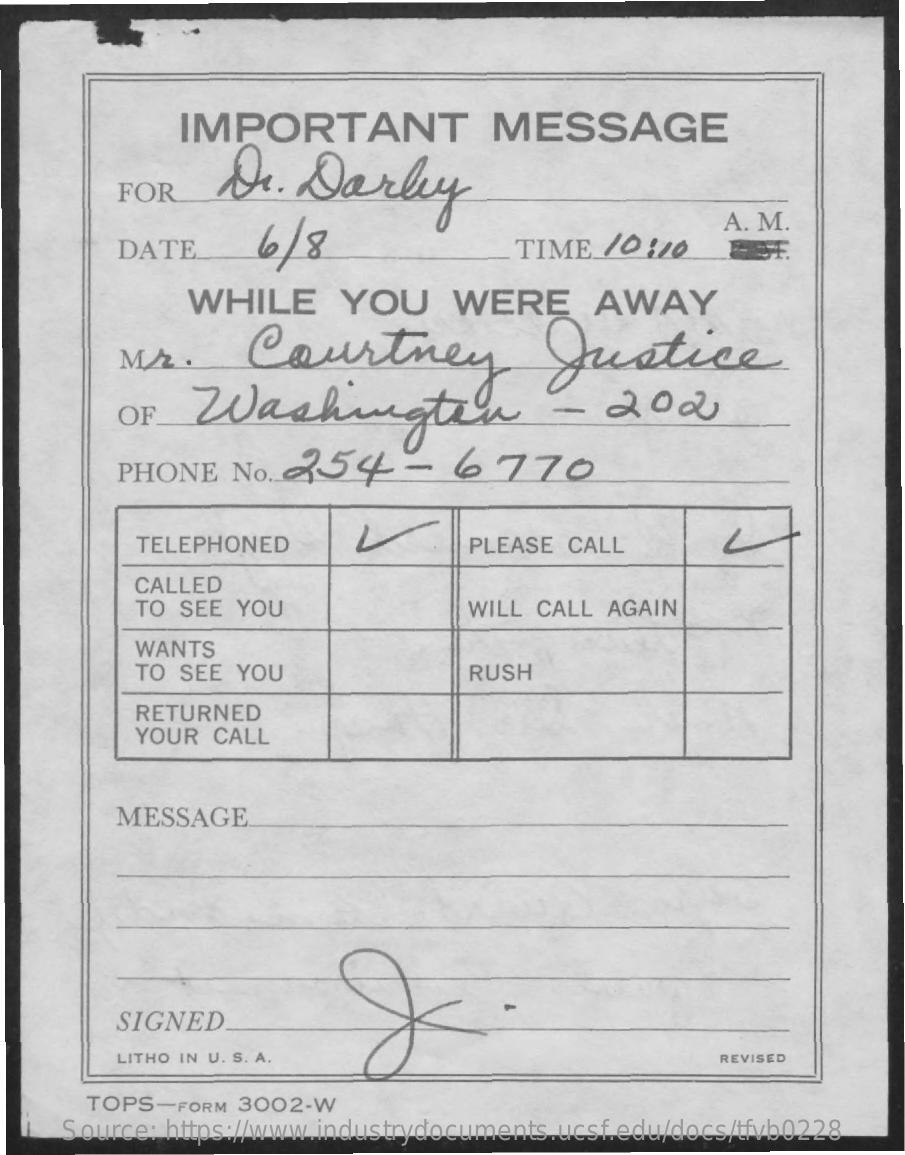
IMPORTANT    MESSAGE
     Dr.  Darley FOR
     DATE    6 / 8    TIME   10 120
     A. M.
     WHILE    YOU    WERE    AWAY
     M2   .   Courtney    Justice
     OF    Washington    -    200
     PHONE    NO.254-    6770
     TELEPHONED    PLEASE CALL
     CALLED
     TO SEE YOU    WILL CALL AGAIN
     WANTS
     TO SEE YOU    RUSH
     RETURNED
     YOUR CALL
     MESSAGE
     SIGNED
     LITHO IN U. S. A.    REVISED
     TOPS-FORM  3002-W
     Source: https://www.industrydocuments.ucsf.edu/docs/tfvb0228